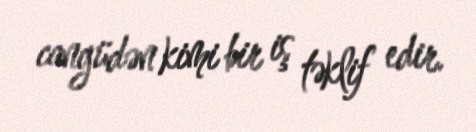
cangüdən kimi bir iş təklif edir.